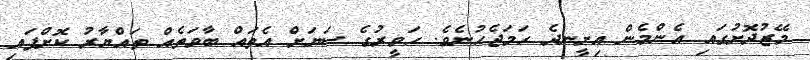
މޭޒުދޮށުގައި އެންމެން އިށީނދެ ހަމަޖެހުނެވެ. ހަވީރުގެ ސަޔަށް އެތައް ބާވަތެއް ތައްޔާރު ކޮށްފައި